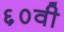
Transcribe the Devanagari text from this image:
६०वी